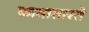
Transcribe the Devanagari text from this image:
कामातारते